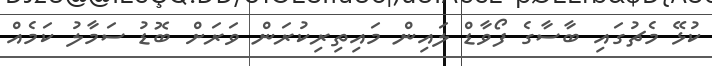
ކުޅޭ މެޗުގައި ބާސާގެ ފޯވާޑް ލައިން މައިތިރިކުރަން ވަރަށް ބޮޑު ސަމާލު ކަމެއް